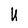
Character: U